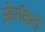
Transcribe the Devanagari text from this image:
ओरबिटों